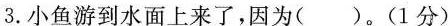
3.小鱼游到水面上来了，因为( )。(1分)